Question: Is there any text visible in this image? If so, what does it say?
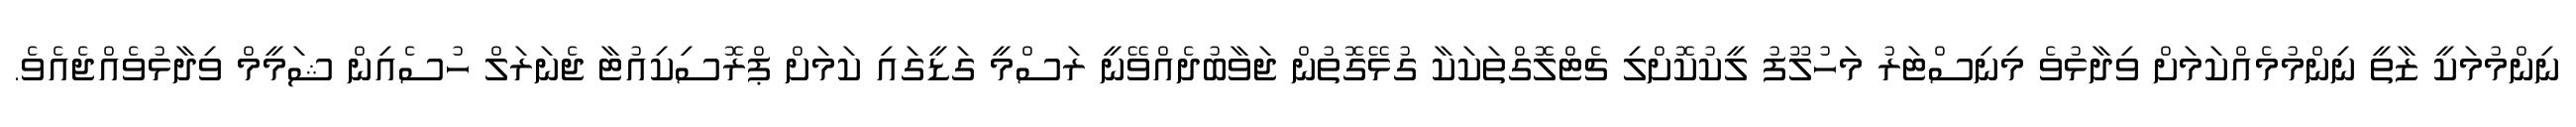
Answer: ނިންމުމަކީ ޒާތީ ނިންމުމެއްކަމަށް ވިދާޅުވެ މިނިސްޓަރު މަހުލޫފު ލީކުކޮށްލި ޗެޓްލޮގްތަކަކާ ގުޅޭގޮތުން ޖަވާބުދެއްވޭނީ ރަސްމީ ގަޑީގައި ކަމަށް ޕްރޮސިކިއުޓާ ޖެނަރަލް ހުސެއިން ޝަމީމް ވިދާޅުވެއްޖެއެވެ.